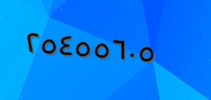
٢٥٤٥٥٦٠٥